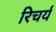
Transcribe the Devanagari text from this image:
रिचर्य